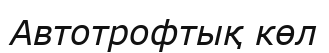
Автотрофтық көл